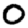
Digit: 0